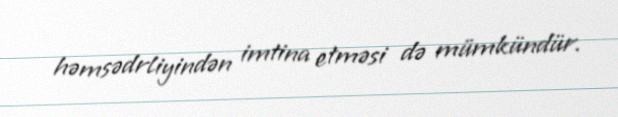
həmsədrliyindən imtina etməsi də mümkündür.